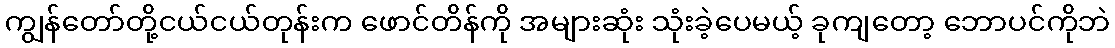
ကျွန်တော်တို့ငယ်ငယ်တုန်းက ဖောင်တိန်ကို အများဆုံး သုံးခဲ့ပေမယ့် ခုကျတော့ ဘောပင်ကိုဘဲ